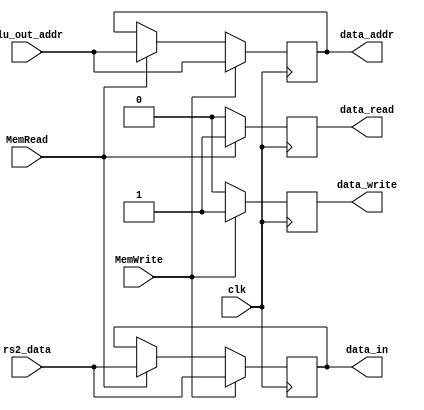
module DataMem(
    input clk,
    input MemRead,
    input MemWrite,
    input [31:0] alu_out_addr,
    input [31:0] rs2_data,
    output reg [31:0] data_addr, // represent the data address in DM
    output reg [31:0] data_in, // represent the data will be wrote into DM
    output reg data_read,
    output reg data_write
);

always @( negedge clk ) begin

    if ( MemRead == 1'b1) begin
        data_read <= 1'b1;
        data_addr <= alu_out_addr;
        data_in <= rs2_data;
    end else begin
        data_read <= 1'b0;
    end

    if (MemWrite == 1'b1) begin
        data_write <= 1'b1;
        data_addr <= alu_out_addr;
        data_in <= rs2_data;
    end else begin
        data_write <= 1'b0;
    end
end

endmodule